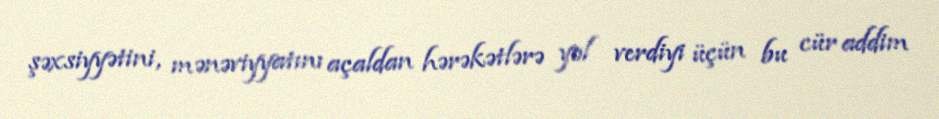
şəxsiyyətini, mənəviyyatını açaldan hərəkətlərə yol verdiyi üçün bu cür addim